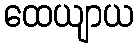
ထေယျာယ